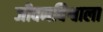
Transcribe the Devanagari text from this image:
जीवनविश्वाला